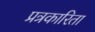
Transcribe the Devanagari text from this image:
प्रत्रकारिता